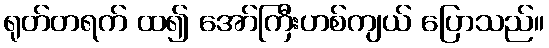
ရုတ်တရက် ထ၍ အော်ကြီးဟစ်ကျယ် ပြောသည်။